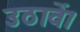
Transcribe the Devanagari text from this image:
उठावें।